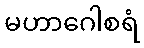
မဟာဂေါစရံ